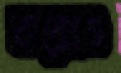
বাক্সেও